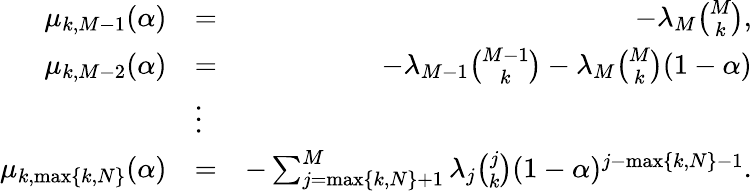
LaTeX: \begin{array}{rlr}{\mu_{k,M-1}(\alpha)}&{=}&{-\lambda_{M}{\binom{M}{k}},}\\ {\mu_{k,M-2}(\alpha)}&{=}&{-\lambda_{M-1}{\binom{M-1}{k}}-\lambda_{M}{\binom{M}{k}}(1-\alpha)}\\ &{\vdots}&\\ {\mu_{k,\operatorname*{max}\{ k,N\} }(\alpha)}&{=}&{-\sum_{j=\operatorname*{max}\{ k,N\} +1}^{M}\lambda_{j}{\binom{j}{k}}(1-\alpha)^{j-\operatorname*{max}\{ k,N\} -1}.}\end{array}